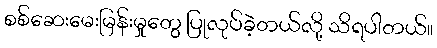
စစ်ဆေးမေးမြန်းမှုတွေ ပြုလုပ်ခဲ့တယ်လို့ သိရပါတယ်။